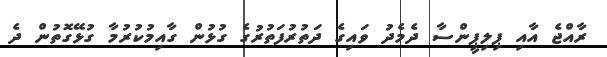
ރާއްޖެ އާއި ޕިލިޕީންސާ ދެމެދު ވައިގެ ދަތުރުފަތުރުގެ ގުޅުން ގާއިމުކުރުމާ ގުޅޭގޮތުން ދެ